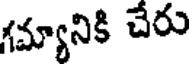
గమ్యానికి చేరు